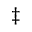
\ddagger